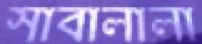
সাবালালা